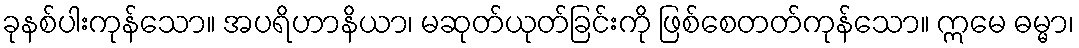
ခုနစ်ပါးကုန်သော။ အပရိဟာနိယာ၊ မဆုတ်ယုတ်ခြင်းကို ဖြစ်စေတတ်ကုန်သော။ ဣမေ ဓမ္မာ၊